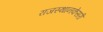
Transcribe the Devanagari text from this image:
राजस्थानकेसरी